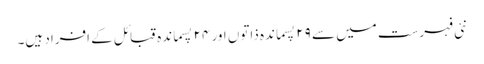
نئی فہرست میں سے ۲۹ پسماندہ ذاتوں اور ۲۴ پسماندہ قبائل کے افراد ہیں۔